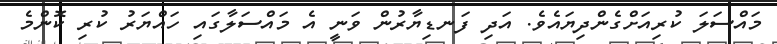
މައްސަލަ ކުރިއަަށްގެންދިޔައެވެ. އަދި ފަނޑިޔާރުން ވަނީ އެ މައްސަލާގައި ހައްޔަރު ކުރި ކޮންމެ